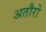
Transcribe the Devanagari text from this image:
अतौरो